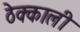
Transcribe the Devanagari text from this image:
ठेक्काली